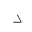
Letter: _dal